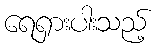
ရေရှားပါးသည့်